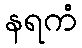
နရကံ